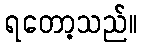
ရတော့သည်။